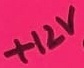
Text: +12V